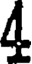
4